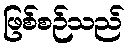
ဖြစ်စဉ်သည်